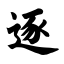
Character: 逐